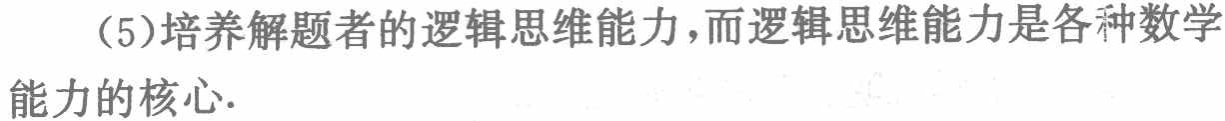
（5）培养解题者的逻辑思维能力，而逻辑思维能力是各种数学能力的核心.